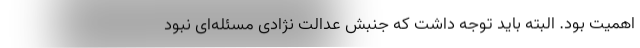
اهمیت بود. البته باید توجه داشت که جنبش عدالت نژادی مسئله‌ای نبود